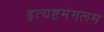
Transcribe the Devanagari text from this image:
इत्यष्टमंगलम